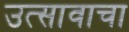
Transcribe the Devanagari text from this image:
उत्सावाचा